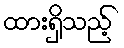
ထားရှိသည့်